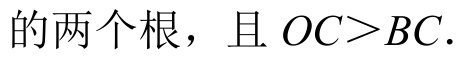
的两个根，且 \(OC>BC\).